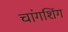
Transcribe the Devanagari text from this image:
चांगशिंग